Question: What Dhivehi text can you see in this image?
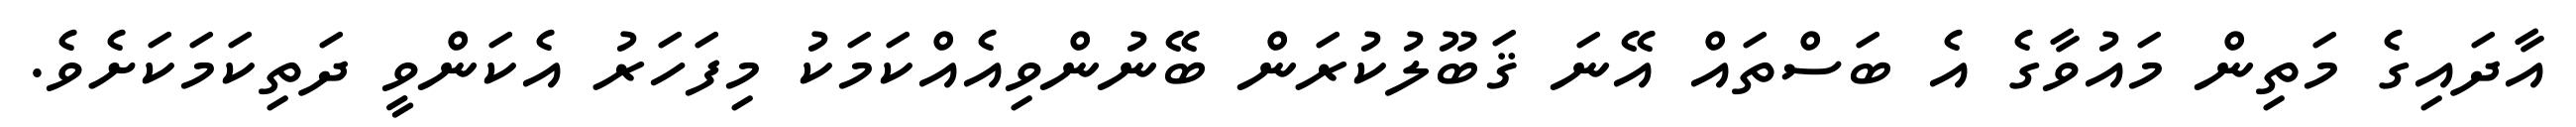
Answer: އާދައިގެ މަތިން މައުވާގެ އެ ބަސްތައް އޭނަ ޤަބޫލުކުރަން ބޭނުންވިއެއްކަމަކު މިފަހަރު އެކަންވީ ދަތިކަމަކަށެވެ.